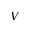
V